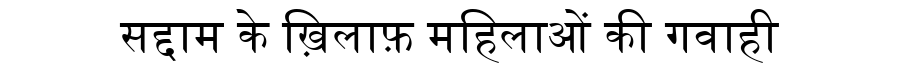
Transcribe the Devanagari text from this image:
सद्दाम के ख़िलाफ़ महिलाओं की गवाही